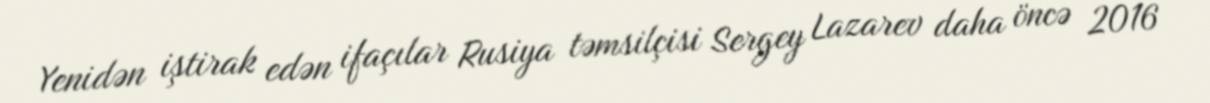
Yenidən iştirak edən ifaçılar Rusiya təmsilçisi Sergey Lazarev daha öncə 2016